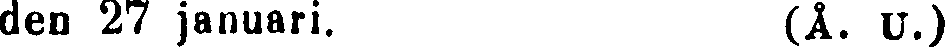
den 27 januari. (Å. U.)